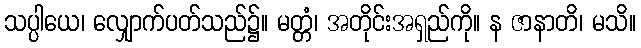
သပ္ပါယေ၊ လျှောက်ပတ်သည်၌။ မတ္တံ၊ အတိုင်းအရှည်ကို။ န ဇာနာတိ၊ မသိ။